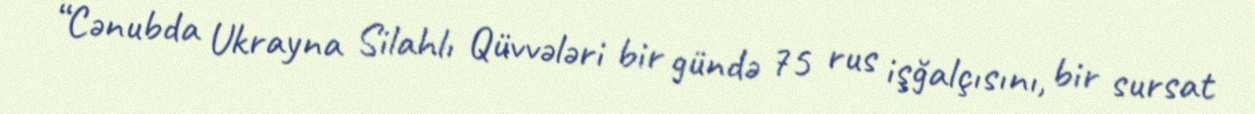
“Cənubda Ukrayna Silahlı Qüvvələri bir gündə 75 rus işğalçısını, bir sursat